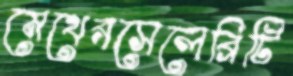
মেথেরসেলেব্রিটি